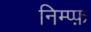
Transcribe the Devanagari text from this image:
निम्प्फ़